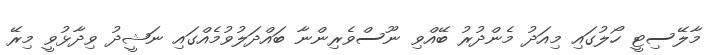
މާލޭސިޓީ ހޯލުގައި މިއަދު މެންދުރު ބޭއްވި ނޫސްވެރިންނާ ބައްދަލުވުމެއްގައި ނަޝީދު ވިދާޅުވީ މިރޭ